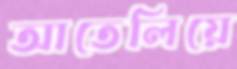
আতেলিয়ে